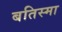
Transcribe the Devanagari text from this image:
बतिस्मा